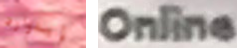
إيدوارد Online